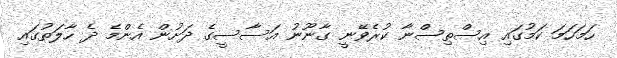
ހަމަހަމަ ކަމުގައި އިސްތިސްނާ ކުރެވޭނީ ގާނޫނު އަސާސީގެ ދަށުން އެންމެ ދެ ހާލަތުގައި